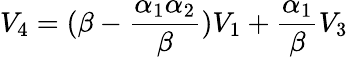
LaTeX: V_{4}=(\beta-\frac{\alpha_{1}\alpha_{2}}{\beta})V_{1}+\frac{\alpha_{1}}{\beta}V_{3}